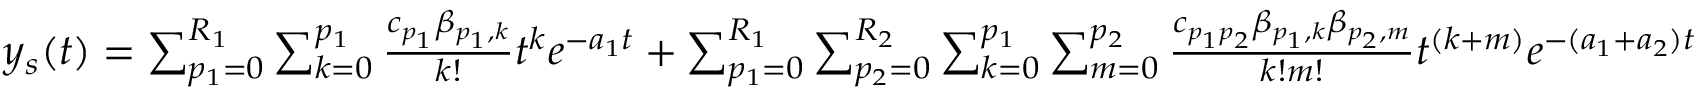
\begin{array} { r } { y _ { s } ( t ) = \sum _ { p _ { 1 } = 0 } ^ { R _ { 1 } } \sum _ { k = 0 } ^ { p _ { 1 } } \frac { c _ { p _ { 1 } } \beta _ { p _ { 1 } , k } } { k ! } t ^ { k } e ^ { - a _ { 1 } t } + \sum _ { p _ { 1 } = 0 } ^ { R _ { 1 } } \sum _ { p _ { 2 } = 0 } ^ { R _ { 2 } } \sum _ { k = 0 } ^ { p _ { 1 } } \sum _ { m = 0 } ^ { p _ { 2 } } \frac { c _ { p _ { 1 } p _ { 2 } } \beta _ { p _ { 1 } , k } \beta _ { p _ { 2 } , m } } { k ! m ! } t ^ { ( k + m ) } e ^ { - ( a _ { 1 } + a _ { 2 } ) t } } \end{array}